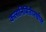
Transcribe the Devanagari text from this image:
कलानिर्मितीमधील